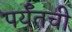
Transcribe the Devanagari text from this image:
पर्यँतची